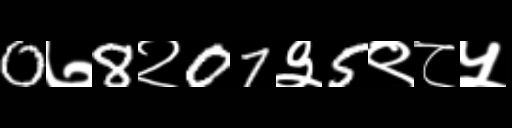
Text: 0७8२07३5९८५